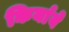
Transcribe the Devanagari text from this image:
किर्याये